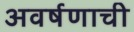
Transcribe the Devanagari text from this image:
अवर्षणाची